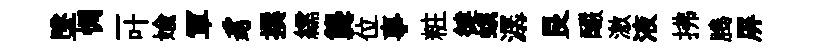
墜惆一叶媮軍豸撰繻龔位事粧徤蛾潺艮釅激液拂腾屏